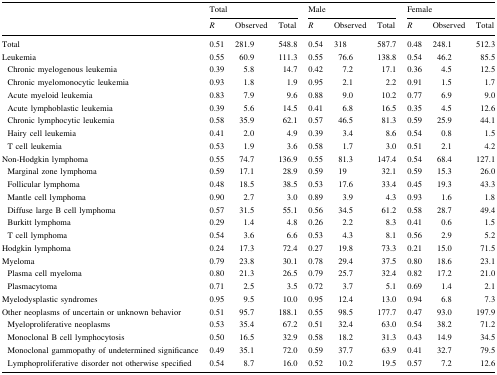
<table><thead><tr><td rowspan="2"></td><td colspan="3"><b>Total</b></td><td colspan="3"><b>Male</b></td><td colspan="3"><b>Female</b></td></tr><tr><td><b><i>R</i></b></td><td><b>Observed</b></td><td><b>Total</b></td><td><b><i>R</i></b></td><td><b>Observed</b></td><td><b>Total</b></td><td><b><i>R</i></b></td><td><b>Observed</b></td><td><b>Total</b></td></tr></thead><tbody><tr><td>Total</td><td>0.51</td><td>281.9</td><td>548.8</td><td>0.54</td><td>318</td><td>587.7</td><td>0.48</td><td>248.1</td><td>512.3</td></tr><tr><td>Leukemia</td><td>0.55</td><td>60.9</td><td>111.3</td><td>0.55</td><td>76.6</td><td>138.8</td><td>0.54</td><td>46.2</td><td>85.5</td></tr><tr><td> Chronic myelogenous leukemia</td><td>0.39</td><td>5.8</td><td>14.7</td><td>0.42</td><td>7.2</td><td>17.1</td><td>0.36</td><td>4.5</td><td>12.5</td></tr><tr><td> Chronic myelomonocytic leukemia</td><td>0.93</td><td>1.8</td><td>1.9</td><td>0.95</td><td>2.1</td><td>2.2</td><td>0.91</td><td>1.5</td><td>1.7</td></tr><tr><td> Acute myeloid leukemia</td><td>0.83</td><td>7.9</td><td>9.6</td><td>0.88</td><td>9.0</td><td>10.2</td><td>0.77</td><td>6.9</td><td>9.0</td></tr><tr><td> Acute lymphoblastic leukemia</td><td>0.39</td><td>5.6</td><td>14.5</td><td>0.41</td><td>6.8</td><td>16.5</td><td>0.35</td><td>4.5</td><td>12.6</td></tr><tr><td> Chronic lymphocytic leukemia</td><td>0.58</td><td>35.9</td><td>62.1</td><td>0.57</td><td>46.5</td><td>81.3</td><td>0.59</td><td>25.9</td><td>44.1</td></tr><tr><td> Hairy cell leukemia</td><td>0.41</td><td>2.0</td><td>4.9</td><td>0.39</td><td>3.4</td><td>8.6</td><td>0.54</td><td>0.8</td><td>1.5</td></tr><tr><td> T cell leukemia</td><td>0.53</td><td>1.9</td><td>3.6</td><td>0.58</td><td>1.7</td><td>3.0</td><td>0.51</td><td>2.1</td><td>4.2</td></tr><tr><td>Non-Hodgkin lymphoma</td><td>0.55</td><td>74.7</td><td>136.9</td><td>0.55</td><td>81.3</td><td>147.4</td><td>0.54</td><td>68.4</td><td>127.1</td></tr><tr><td> Marginal zone lymphoma</td><td>0.59</td><td>17.1</td><td>28.9</td><td>0.59</td><td>19</td><td>32.1</td><td>0.59</td><td>15.3</td><td>26.0</td></tr><tr><td> Follicular lymphoma</td><td>0.48</td><td>18.5</td><td>38.5</td><td>0.53</td><td>17.6</td><td>33.4</td><td>0.45</td><td>19.3</td><td>43.3</td></tr><tr><td> Mantle cell lymphoma</td><td>0.90</td><td>2.7</td><td>3.0</td><td>0.89</td><td>3.9</td><td>4.3</td><td>0.93</td><td>1.6</td><td>1.8</td></tr><tr><td> Diffuse large B cell lymphoma</td><td>0.57</td><td>31.5</td><td>55.1</td><td>0.56</td><td>34.5</td><td>61.2</td><td>0.58</td><td>28.7</td><td>49.4</td></tr><tr><td> Burkitt lymphoma</td><td>0.29</td><td>1.4</td><td>4.8</td><td>0.26</td><td>2.2</td><td>8.3</td><td>0.41</td><td>0.6</td><td>1.5</td></tr><tr><td> T cell lymphoma</td><td>0.54</td><td>3.6</td><td>6.6</td><td>0.53</td><td>4.3</td><td>8.1</td><td>0.56</td><td>2.9</td><td>5.2</td></tr><tr><td>Hodgkin lymphoma</td><td>0.24</td><td>17.3</td><td>72.4</td><td>0.27</td><td>19.8</td><td>73.3</td><td>0.21</td><td>15.0</td><td>71.5</td></tr><tr><td>Myeloma</td><td>0.79</td><td>23.8</td><td>30.1</td><td>0.78</td><td>29.4</td><td>37.5</td><td>0.80</td><td>18.6</td><td>23.1</td></tr><tr><td> Plasma cell myeloma</td><td>0.80</td><td>21.3</td><td>26.5</td><td>0.79</td><td>25.7</td><td>32.4</td><td>0.82</td><td>17.2</td><td>21.0</td></tr><tr><td> Plasmacytoma</td><td>0.71</td><td>2.5</td><td>3.5</td><td>0.72</td><td>3.7</td><td>5.1</td><td>0.69</td><td>1.4</td><td>2.1</td></tr><tr><td>Myelodysplastic syndromes</td><td>0.95</td><td>9.5</td><td>10.0</td><td>0.95</td><td>12.4</td><td>13.0</td><td>0.94</td><td>6.8</td><td>7.3</td></tr><tr><td>Other neoplasms of uncertain or unknown behavior</td><td>0.51</td><td>95.7</td><td>188.1</td><td>0.55</td><td>98.5</td><td>177.7</td><td>0.47</td><td>93.0</td><td>197.9</td></tr><tr><td> Myeloproliferative neoplasms</td><td>0.53</td><td>35.4</td><td>67.2</td><td>0.51</td><td>32.4</td><td>63.0</td><td>0.54</td><td>38.2</td><td>71.2</td></tr><tr><td> Monoclonal B cell lymphocytosis</td><td>0.50</td><td>16.5</td><td>32.9</td><td>0.58</td><td>18.2</td><td>31.3</td><td>0.43</td><td>14.9</td><td>34.5</td></tr><tr><td> Monoclonal gammopathy of undetermined significance</td><td>0.49</td><td>35.1</td><td>72.0</td><td>0.59</td><td>37.7</td><td>63.9</td><td>0.41</td><td>32.7</td><td>79.5</td></tr><tr><td> Lymphoproliferative disorder not otherwise specified</td><td>0.54</td><td>8.7</td><td>16.0</td><td>0.52</td><td>10.2</td><td>19.5</td><td>0.57</td><td>7.2</td><td>12.6</td></tr></tbody></table>